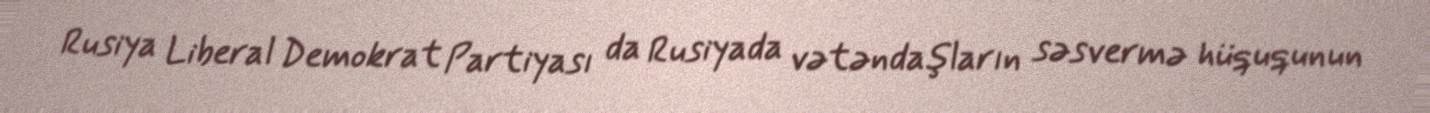
Rusiya Liberal Demokrat Partiyası da Rusiyada vətəndaşların səsvermə hüququnun